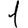
Digit: 1